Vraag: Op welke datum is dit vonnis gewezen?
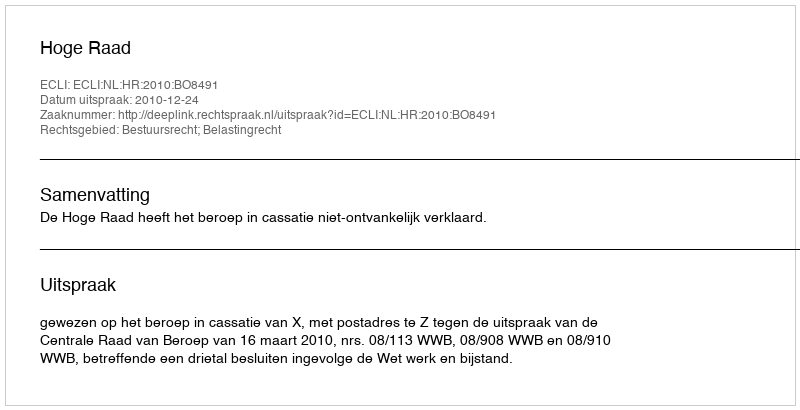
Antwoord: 2010-12-24